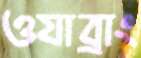
ওযাব্রাং